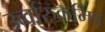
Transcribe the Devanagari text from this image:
उर्व्वारुकमिव